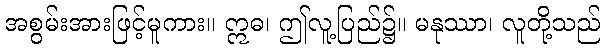
အစွမ်းအားဖြင့်မူကား။ ဣဓ၊ ဤလူ့ပြည်၌။ မနုဿာ၊ လူတို့သည်